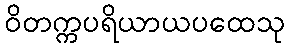
ဝိတက္ကပရိယာယပထေသု